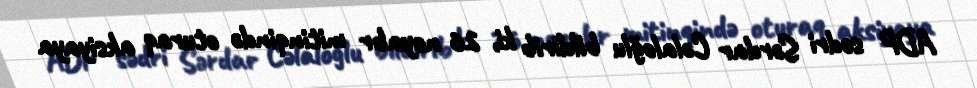
ADP sədri Sərdar Cəlaloğlu bildirib ki, 26 noyabr mitinqində oturaq aksiyaya